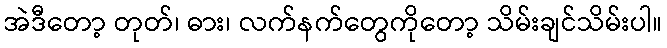
အဲဒီတော့ တုတ်၊ ဓား၊ လက်နက်တွေကိုတော့ သိမ်းချင်သိမ်းပါ။